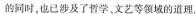
的同时，也已涉及了哲学、文艺等领域的道理。